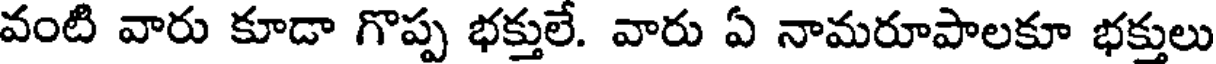
వంటి వారు కూడా గొప్ప భక్తులే. వారు ఏ నామరూపాలకూ భక్తులు